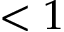
< 1